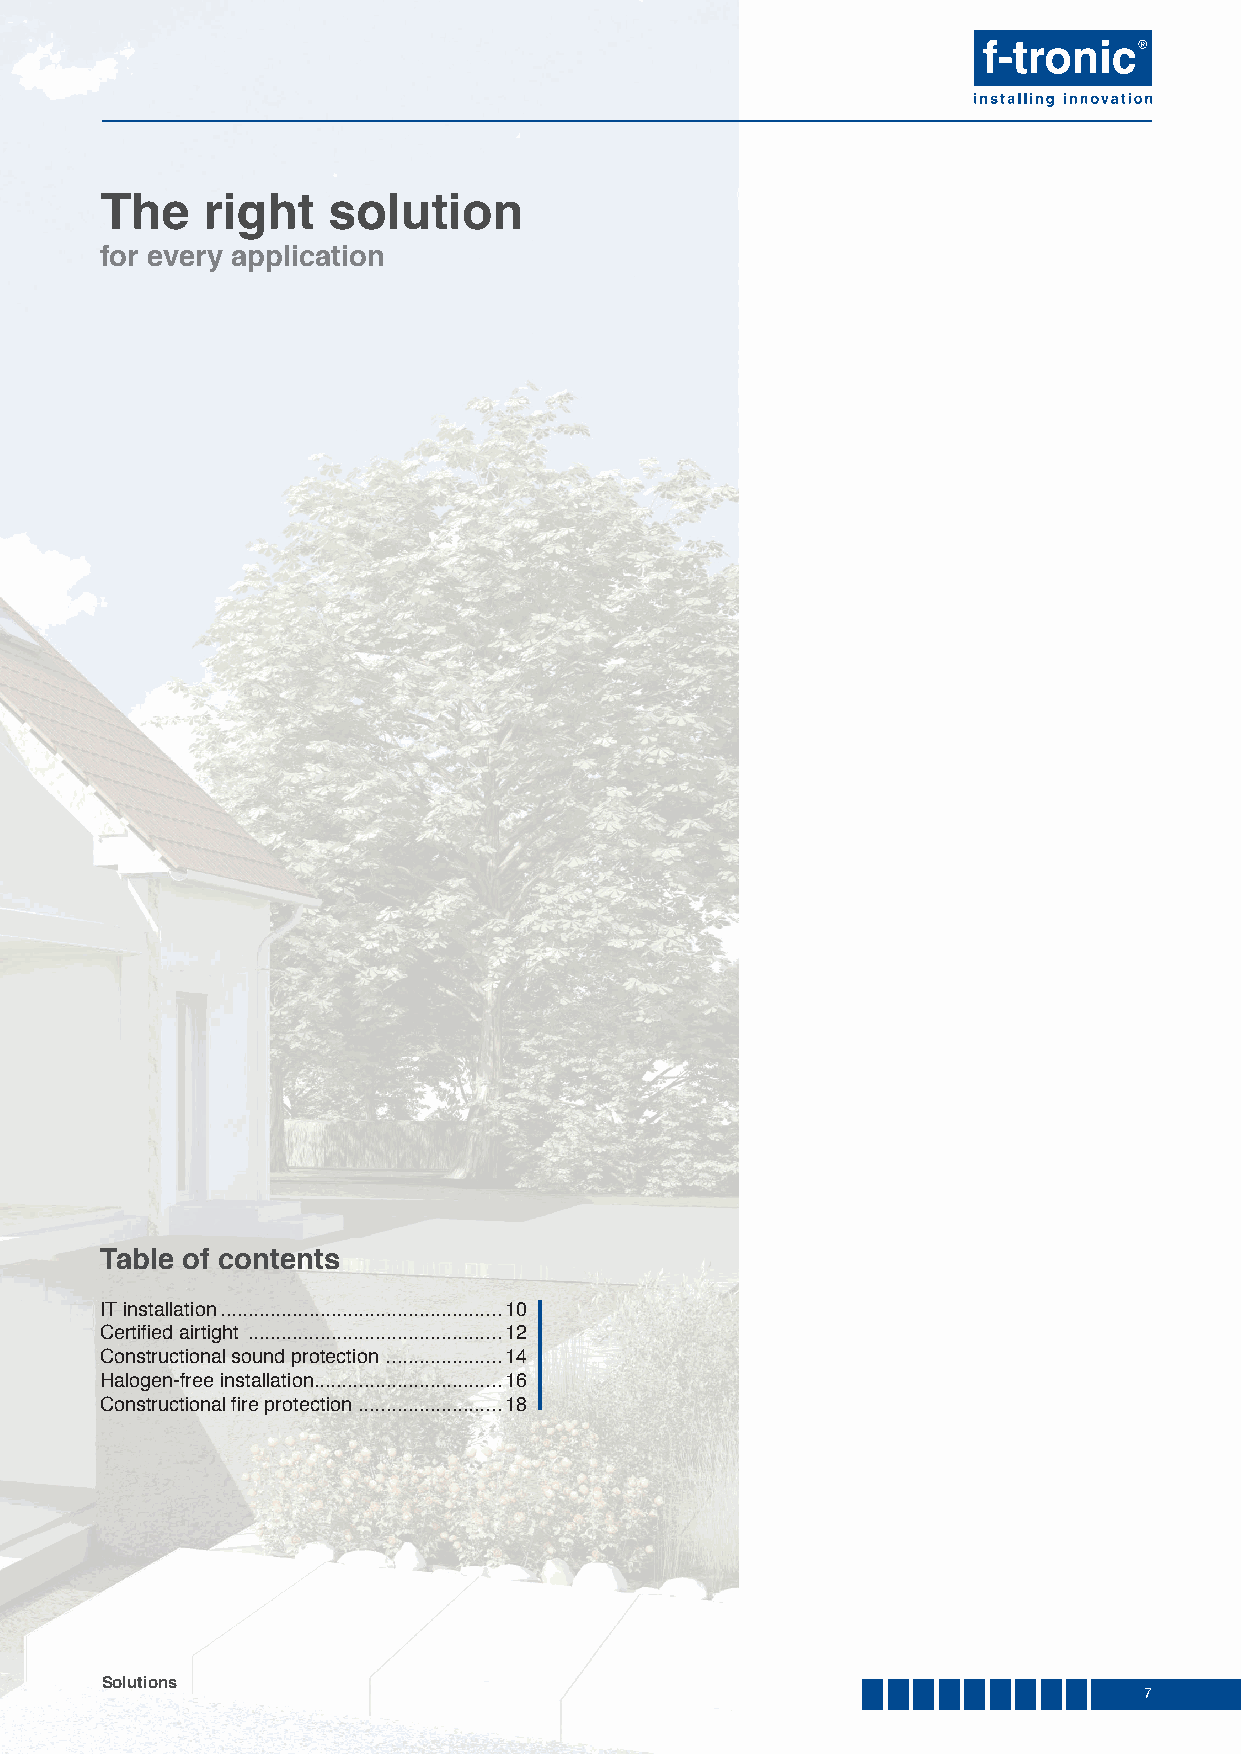
The   right    solution
 for every application
 Table of contents
 IT installation ...................................................10
 Certifi ed airtight ..............................................12
 Constructional sound protection .....................14
 Halogen-free installation ..................................16
 Constructional fi re protection ..........................18
 Solutions
 7